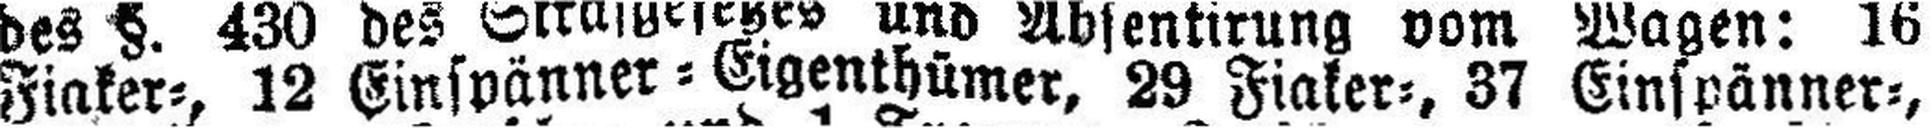
Fiaker=, 12 Einspänner=Eigenthümer, 29 Fiaker=, 37 Einspänner=,